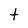
Character: t